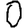
Digit: 0